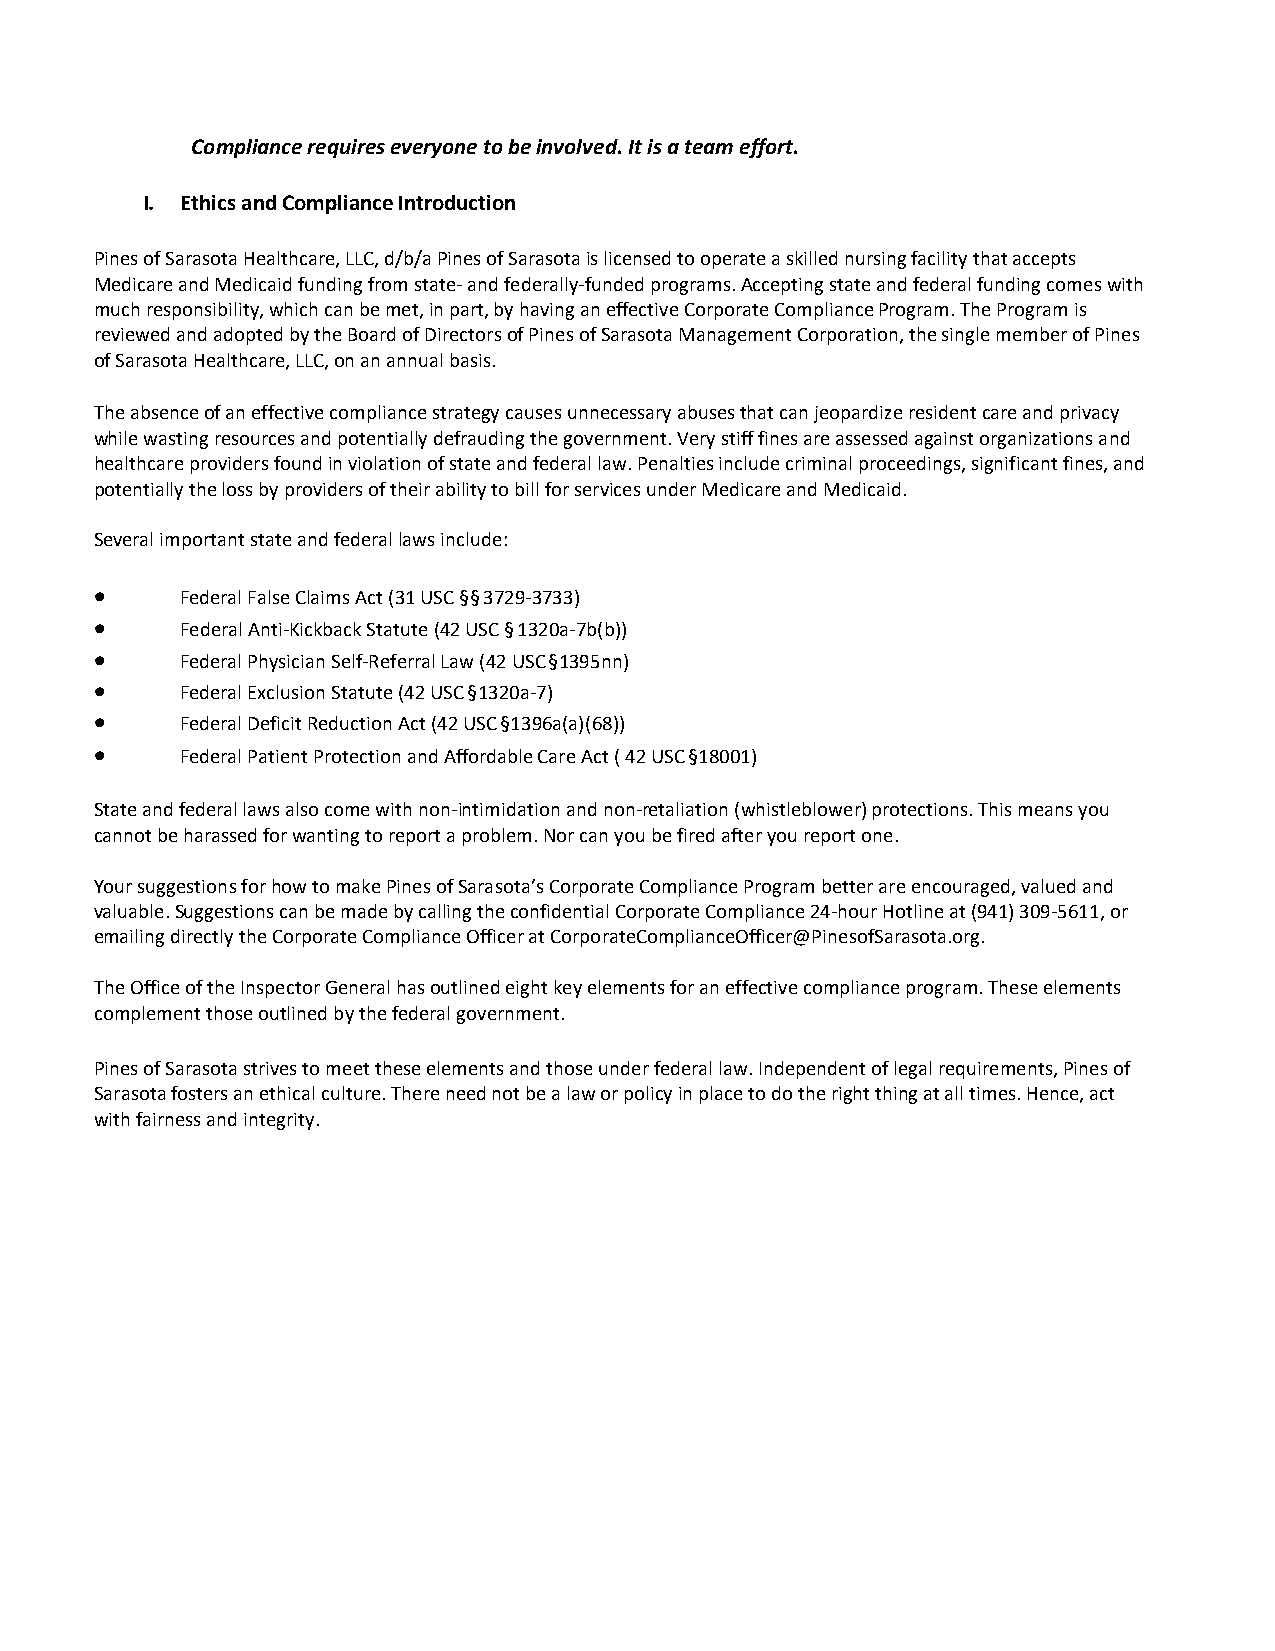
Compliance requires everyone to be involved. It is a team effort.
 I. Ethics and Compliance Introduction
 Pines of Sarasota Healthcare, LLC, d/b/a Pines of Sarasota is licensed to operate a skilled nursing facility that accepts
 Medicare and Medicaid funding from state- and federally-funded programs. Accepting state and federal funding comes with
 much responsibility, which can be met, in part, by having an effective Corporate Compliance Program. The Program is
 reviewed and adopted by the Board of Directors of Pines of Sarasota Management Corporation, the single member of Pines
 of Sarasota Healthcare, LLC, on an annual basis.
 The absence of an effective compliance strategy causes unnecessary abuses that can jeopardize resident care and privacy
 while wasting resources and potentially defrauding the government. Very stiff fines are assessed against organizations and
 healthcare providers found in violation of state and federal law. Penalties include criminal proceedings, significant fines, and
 potentially the loss by providers of their ability to bill for services under Medicare and Medicaid.
 Several important state and federal laws include:
 •     Federal False Claims Act (31 USC §§ 3729-3733)
 •     Federal Anti-Kickback Statute (42 USC § 1320a-7b(b))
 •     Federal Physician Self-Referral Law (42 USC §1395nn)
 •     Federal Exclusion Statute (42 USC §1320a-7)
 •     Federal Deficit Reduction Act (42 USC §1396a(a)(68))
 •     Federal Patient Protection and Affordable Care Act ( 42 USC §18001)
 State and federal laws also come with non-intimidation and non-retaliation (whistleblower) protections. This means you
 cannot be harassed for wanting to report a problem. Nor can you be fired after you report one.
 Your suggestions for how to make Pines of Sarasota’s Corporate Compliance Program better are encouraged, valued and
 valuable. Suggestions can be made by calling the confidential Corporate Compliance 24-hour Hotline at (941) 309-5611, or
 emailing directly the Corporate Compliance Officer at CorporateComplianceOfficer@PinesofSarasota.org.
 The Office of the Inspector General has outlined eight key elements for an effective compliance program. These elements
 complement those outlined by the federal government.
 Pines of Sarasota strives to meet these elements and those under federal law. Independent of legal requirements, Pines of
 Sarasota fosters an ethical culture. There need not be a law or policy in place to do the right thing at all times. Hence, act
 with fairness and integrity.